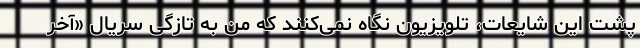
پشتِ این شایعات، تلویزیون نگاه نمی‌کنند که من به تازگی سریال «آخر